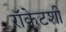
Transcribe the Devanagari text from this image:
रॉकेटशी